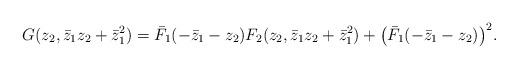
LaTeX: \begin{align*} G(z_2,\bar{z}_1z_2 + \bar{z}_1^2) = \bar{F}_1(-\bar{z}_1-z_2)F_2(z_2,\bar{z}_1z_2 + \bar{z}_1^2)+{\bigl(\bar{F}_1(-\bar{z}_1-z_2)\bigr)}^2 .\end{align*}